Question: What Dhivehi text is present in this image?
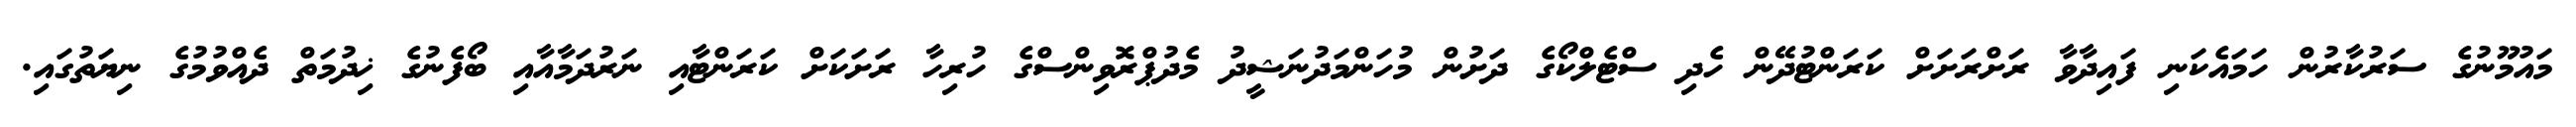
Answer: މައުމޫނުގެ ސަރުކާރުން ހަމައެކަނި ފައިދާވާ ރަށްރަށަށް ކަރަންޓުދޭން ހެދި ސްޓެލްކޯގެ ދަށުން މުހަންމަދުނަޝީދު މެދުޕްރޮވިންސްގެ ހުރިހާ ރަށަކަށް ކަރަންޓާއި ނަރުދަމާއާއި ބޯފެނުގެ ޚިދުމަތް ދެއްވުމުގެ ނިޔަތުގައި.